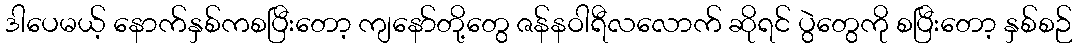
ဒါပေမယ့် နောက်နှစ်ကစပြီးတော့ ကျနော်တို့တွေ ဇန်နဝါရီလလောက် ဆိုရင် ပွဲတွေကို စပြီးတော့ နှစ်စဉ်